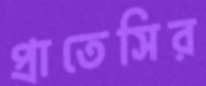
প্রাতেসির